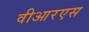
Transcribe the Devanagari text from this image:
वीआरएस